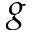
g